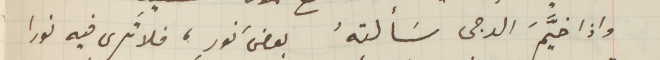
واذا خيَّمَ الدجى سَألتهُ بعضَ نورٍ، فلا تَرى فيه نورا